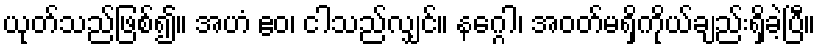
ယုတ်သည်ဖြစ်၍။ အဟံ ဧဝ၊ ငါသည်လျှင်။ နဂ္ဂေါ၊ အဝတ်မရှိကိုယ်ချည်းရှိခဲ့ပြီ။